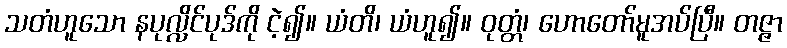
သတံဟူသော နပုလ္လိင်ပုဒ်ကို ငဲ့၍။ ယံတိ၊ ယံဟူ၍။ ဝုတ္တံ၊ ဟောတော်မူအပ်ပြီ။ တဇ္ဇာ